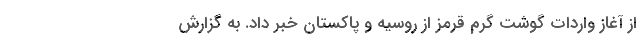
از آغاز واردات گوشت گرم قرمز از روسیه و پاکستان خبر داد. به گزارش